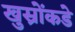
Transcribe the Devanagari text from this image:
खुस्रोंकडे